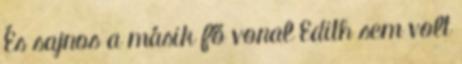
És sajnos a másik fő vonal Edith sem volt